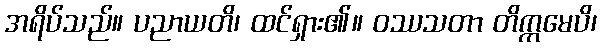
အရိပ်သည်။ ပညာယတိ၊ ထင်ရှား၏။ ဝဿသတာ တိက္ကမေပိ၊